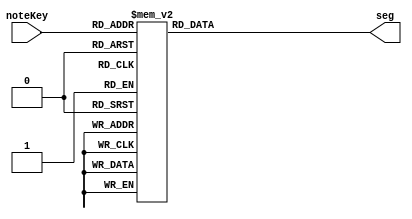
`timescale 1ns / 1ps



module Test_SegmentDecoder(input [3:0] noteKey,
                            output reg [6:0] seg);
                            
                            
       always@(noteKey) begin
       
            case(noteKey) 
                               //7'bGFEDCBA
                4'b0000  : seg = 7'b0001000; //A
                4'b0001  : seg = 7'b0000110; //E
                4'b0010  : seg = 7'b0000011; //b
                4'b0011  : seg = 7'b0010000; //g
                4'b0100  : seg = 7'b0100001; //d
                4'b0101  : seg = 7'b0001001; //H
                4'b0110  : seg = 7'b1000111; //L
                4'b0111  : seg = 7'b1111111; //all off
                4'b1000  : seg = 7'b1111001; //I
                4'b1001  : seg = 7'b1000000; //O

                default  : seg = 7'b1111111;
            endcase
       
       end
           
endmodule